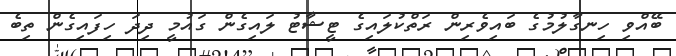
ބޭއްވި ހިނގާލުމުގެ ބައިވެރިން ރަތްކުލައިގެ ޓީޝާޓު ލައިގެން ގައުމީ ދިދަ ހިފައިގެން ތިބެ